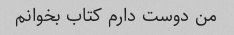
من دوست دارم کتاب بخوانم